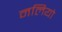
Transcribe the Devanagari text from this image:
नलियो